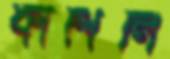
কাশিলি